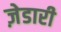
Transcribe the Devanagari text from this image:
ज़ेडारी